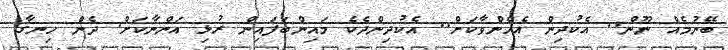
ބޭނުމެއް ނޫން.. އެކުދިން އެހެންވާކަށް.. އެކުދިންދެކެ މައިންބަފައިން ރުޅި އަންނާކަށް. ދެން ހިނގާ